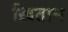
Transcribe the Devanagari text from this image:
ख़ितान